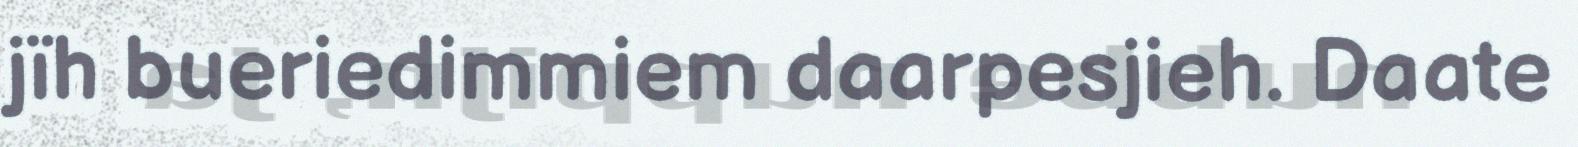
jïh bueriedimmiem daarpesjieh. Daate